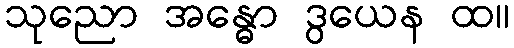
သုညော အန္ဓော ဒွယေန ထ။